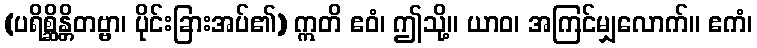
(ပရိစ္ဆိန္တိတဗ္ဗာ၊ ပိုင်းခြားအပ်၏) ဣတိ ဧဝံ၊ ဤသို့။ ယာဝ၊ အကြင်မျှလောက်။ ဧကံ၊